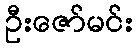
ဦးဇော်မင်း